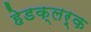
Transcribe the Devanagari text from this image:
हेडक्लर्क